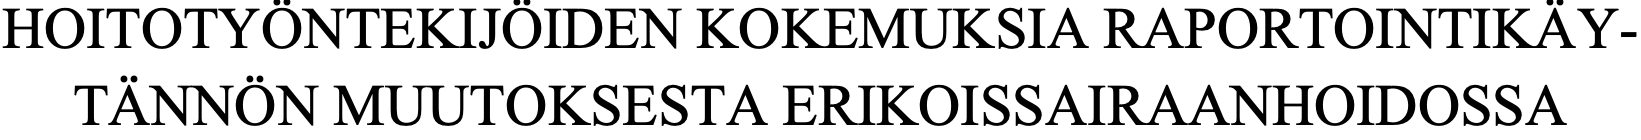
HOITOTYÖNTEKIJÖIDEN    KOKEMUKSIA   RAPORTOINTIKÄY- TÄNNÖN   MUUTOKSESTA    ERIKOISSAIRAANHOIDOSSA